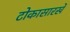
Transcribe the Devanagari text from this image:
टोकासारखे